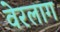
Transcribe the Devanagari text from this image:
वेरलाग